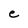
Character: e